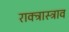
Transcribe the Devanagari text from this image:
राक्त्रास्त्राव